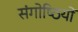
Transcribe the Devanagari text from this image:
संगोष्‍ठियों